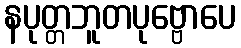
နပုတ္တဘူတပုဗ္ဗောပေ